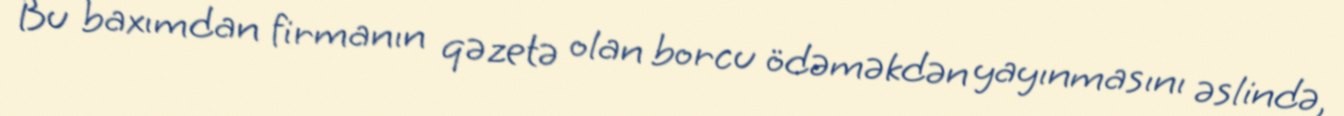
Bu baxımdan firmanın qəzetə olan borcu ödəməkdən yayınmasını əslində,